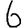
Digit: 6